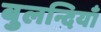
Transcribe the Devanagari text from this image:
बुलन्दियाँ